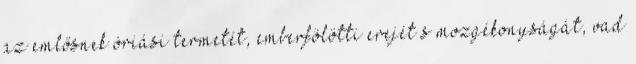
az emlősnek óriási termetét, emberfölötti erejét s mozgékonyságát, vad